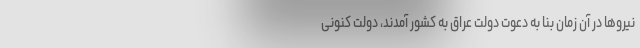
نیروها در آن زمان بنا به دعوت دولت عراق به کشور آمدند، دولت کنونی